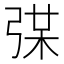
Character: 𢏼